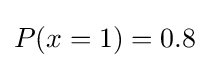
P(x=1)=0{.}8